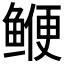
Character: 𫚣